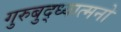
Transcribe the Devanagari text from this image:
गुरुबुद्ध्यात्मनो